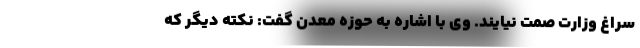
سراغ وزارت صمت نیایند. وی با اشاره به حوزه معدن گفت: نکته دیگر که